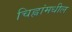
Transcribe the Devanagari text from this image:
चिह्नांमधील